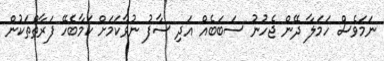
ނަމަވެސް ހަމަލާ ދޭން ޖެހުނު ސަބަބެއް އަދި ސާފު ނުވާކަމަށް ކަމާބެހޭ ފަރާތްތަކުން